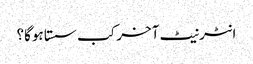
انٹرنیٹ آخر کب سستا ہوگا؟